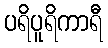
ပရိပူရိကာရီ